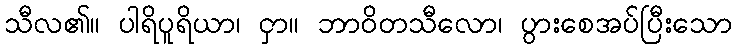
သီလ၏။ ပါရိပူရိယာ၊ ငှာ။ ဘာဝိတသီလော၊ ပွားစေအပ်ပြီးသော